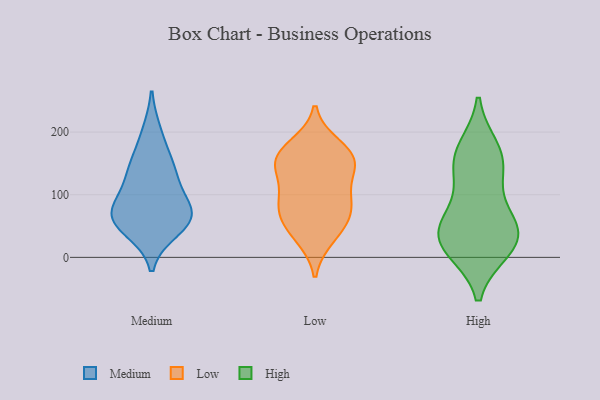
{"axis": {"x": "Customer Acquisition Cost (USD)", "y": "Value"}, "legend": ["High", "Low", "Medium"], "data": [{"x": "", "y": 72, "type": "Medium"}, {"x": "", "y": 45, "type": "Medium"}, {"x": "", "y": 129, "type": "Medium"}, {"x": "", "y": 152, "type": "Medium"}, {"x": "", "y": 63, "type": "Medium"}, {"x": "", "y": 79, "type": "Medium"}, {"x": "", "y": 70, "type": "Medium"}, {"x": "", "y": 58, "type": "Medium"}, {"x": "", "y": 198, "type": "Medium"}, {"x": "", "y": 131, "type": "Medium"}, {"x": "", "y": 41, "type": "Low"}, {"x": "", "y": 153, "type": "Low"}, {"x": "", "y": 105, "type": "Low"}, {"x": "", "y": 80, "type": "Low"}, {"x": "", "y": 95, "type": "Low"}, {"x": "", "y": 178, "type": "Low"}, {"x": "", "y": 32, "type": "Low"}, {"x": "", "y": 146, "type": "Low"}, {"x": "", "y": 159, "type": "Low"}, {"x": "", "y": 166, "type": "Low"}, {"x": "", "y": 71, "type": "Low"}, {"x": "", "y": 67, "type": "Low"}, {"x": "", "y": 143, "type": "Low"}, {"x": "", "y": 132, "type": "High"}, {"x": "", "y": 16, "type": "High"}, {"x": "", "y": 48, "type": "High"}, {"x": "", "y": 31, "type": "High"}, {"x": "", "y": 25, "type": "High"}, {"x": "", "y": 165, "type": "High"}, {"x": "", "y": 146, "type": "High"}, {"x": "", "y": 173, "type": "High"}, {"x": "", "y": 70, "type": "High"}, {"x": "", "y": 13, "type": "High"}, {"x": "", "y": 52, "type": "High"}]}